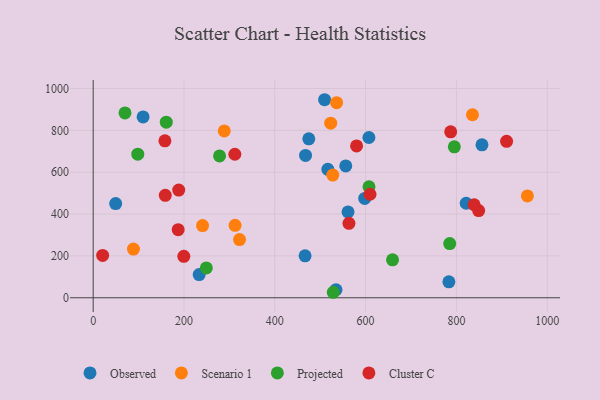
{"axis": {"x": "Speed", "y": "Salary"}, "legend": ["Cluster C", "Observed", "Projected", "Scenario 1"], "data": [{"x": "856.3", "y": 731.1, "type": "Observed"}, {"x": "783.4", "y": 76.1, "type": "Observed"}, {"x": "607.3", "y": 765.8, "type": "Observed"}, {"x": "561.3", "y": 410.4, "type": "Observed"}, {"x": "467.7", "y": 680.2, "type": "Observed"}, {"x": "509.7", "y": 946.4, "type": "Observed"}, {"x": "466.7", "y": 200.5, "type": "Observed"}, {"x": "598.0", "y": 474.8, "type": "Observed"}, {"x": "49.5", "y": 450.1, "type": "Observed"}, {"x": "556.3", "y": 630.0, "type": "Observed"}, {"x": "821.5", "y": 451.7, "type": "Observed"}, {"x": "109.9", "y": 864.0, "type": "Observed"}, {"x": "233.4", "y": 110.9, "type": "Observed"}, {"x": "516.8", "y": 614.0, "type": "Observed"}, {"x": "534.8", "y": 38.3, "type": "Observed"}, {"x": "474.9", "y": 759.7, "type": "Observed"}, {"x": "956.3", "y": 486.7, "type": "Scenario 1"}, {"x": "312.5", "y": 346.4, "type": "Scenario 1"}, {"x": "88.7", "y": 232.9, "type": "Scenario 1"}, {"x": "536.1", "y": 932.4, "type": "Scenario 1"}, {"x": "523.1", "y": 834.4, "type": "Scenario 1"}, {"x": "527.7", "y": 586.4, "type": "Scenario 1"}, {"x": "835.4", "y": 874.5, "type": "Scenario 1"}, {"x": "322.3", "y": 278.3, "type": "Scenario 1"}, {"x": "240.9", "y": 345.1, "type": "Scenario 1"}, {"x": "288.7", "y": 797.2, "type": "Scenario 1"}, {"x": "98.2", "y": 686.4, "type": "Projected"}, {"x": "528.8", "y": 26.3, "type": "Projected"}, {"x": "785.3", "y": 259.1, "type": "Projected"}, {"x": "607.5", "y": 530.6, "type": "Projected"}, {"x": "659.3", "y": 181.5, "type": "Projected"}, {"x": "70.1", "y": 883.3, "type": "Projected"}, {"x": "249.2", "y": 142.7, "type": "Projected"}, {"x": "161.0", "y": 839.0, "type": "Projected"}, {"x": "278.3", "y": 677.9, "type": "Projected"}, {"x": "795.4", "y": 721.5, "type": "Projected"}, {"x": "20.8", "y": 202.3, "type": "Cluster C"}, {"x": "849.0", "y": 416.5, "type": "Cluster C"}, {"x": "787.4", "y": 793.0, "type": "Cluster C"}, {"x": "910.5", "y": 747.7, "type": "Cluster C"}, {"x": "188.4", "y": 514.5, "type": "Cluster C"}, {"x": "199.6", "y": 197.9, "type": "Cluster C"}, {"x": "563.3", "y": 355.7, "type": "Cluster C"}, {"x": "187.2", "y": 325.3, "type": "Cluster C"}, {"x": "158.0", "y": 749.9, "type": "Cluster C"}, {"x": "609.7", "y": 494.6, "type": "Cluster C"}, {"x": "839.1", "y": 444.6, "type": "Cluster C"}, {"x": "312.0", "y": 685.9, "type": "Cluster C"}, {"x": "158.8", "y": 489.5, "type": "Cluster C"}, {"x": "580.1", "y": 725.6, "type": "Cluster C"}]}